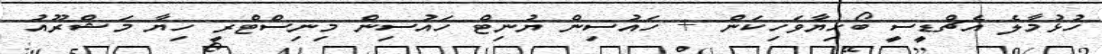
ހުޅުމާލެ އެޗްޑީސީ ބޯހިޔާވަހިކަން + ހައުސިން ޔުނިޓް ހައުސިން މިނިސްޓްރީ ހިޔާ މަޝްރޫއު